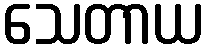
သေတာယ